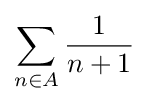
\sum _{n\in A}{\frac {1}{n+1}}